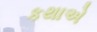
કથાએ